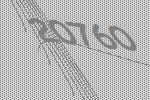
20760